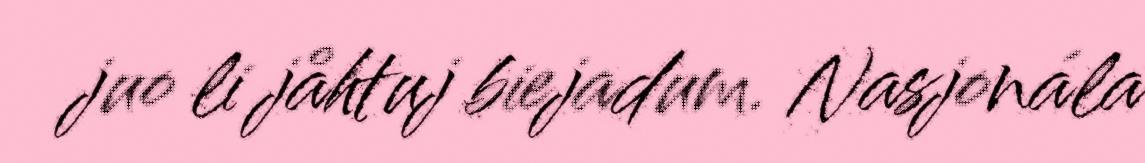
juo li jåhtuj biejadum. Nasjonála